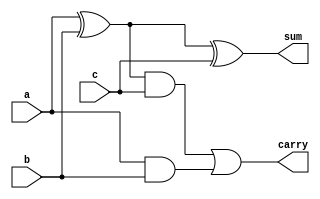
`timescale 1ns / 1ps
//////////////////////////////////////////////////////////////////////////////////
// Company: 
// Engineer: 
// 
// Design Name: 
// Module Name: FA
// Project Name: 
// Target Devices: 
// Tool Versions: 
// Description: 
// 
// Dependencies: 
// 
// Revision:
// Revision 0.01 - File Created
// Additional Comments:
// 
//////////////////////////////////////////////////////////////////////////////////


module FA(
    input a,
    input b,
    input c,
    output reg sum,carry
    );
    always @(*)
    begin 
    sum = (a^b)^c;
    carry = (a^b)& c | a&b;
    end
endmodule